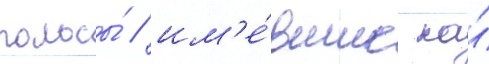
полосы́ / им'е́вшие на́